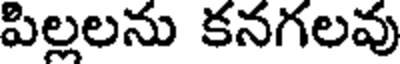
పిల్లలను కనగలవు